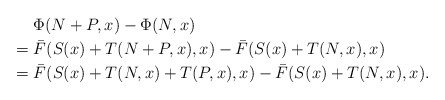
\begin{align*}\lefteqn{\Phi(N+P,x) - \Phi(N,x) }\\ = {} & \bar{F}(S(x)+T(N+P,x),x) - \bar{F}(S(x)+T(N,x),x) \\= {} & \bar{F}(S(x)+ T(N,x) + T(P,x),x) - \bar{F}(S(x)+T(N,x),x).\end{align*}